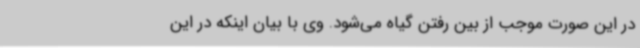
در این صورت موجب از بین رفتن گیاه می‌شود. وی با بیان اینکه در این